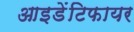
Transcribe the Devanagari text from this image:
आइडेंटिफायर